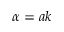
\alpha = a k